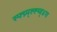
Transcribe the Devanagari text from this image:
स्फ्ग्र्य्ह्ह्य्व्४ग